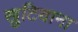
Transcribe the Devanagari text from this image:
खुटियाना